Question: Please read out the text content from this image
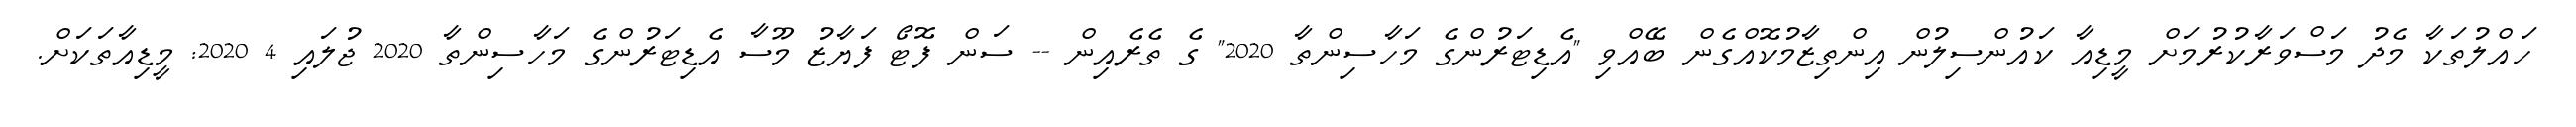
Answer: ހައްލުތަކާ މެދު މަސްވަރާކުރުމަށް މީޑިއާ ކައުންސިލުން އިންތިޒާމުކޮއްގެން ބޭއްވި "އެޑިޓަރުންގެ މަހާސިންތާ 2020" ގެ ތެރެއިން -- ސަން ފޮޓޯ ފަޔާޒު މޫސާ އެޑިޓަރުންގެ މަހާސިންތާ 2020 ޖުލައި 4 2020: މީޑިއާތަކަށް.